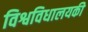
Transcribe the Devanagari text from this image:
विश्वविधालयकी